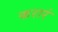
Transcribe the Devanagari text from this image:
करारं